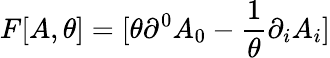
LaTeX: F[A,\theta]=[\theta\partial^{0}A_{0}-\frac{1}{\theta}\partial_{i}A_{i}]